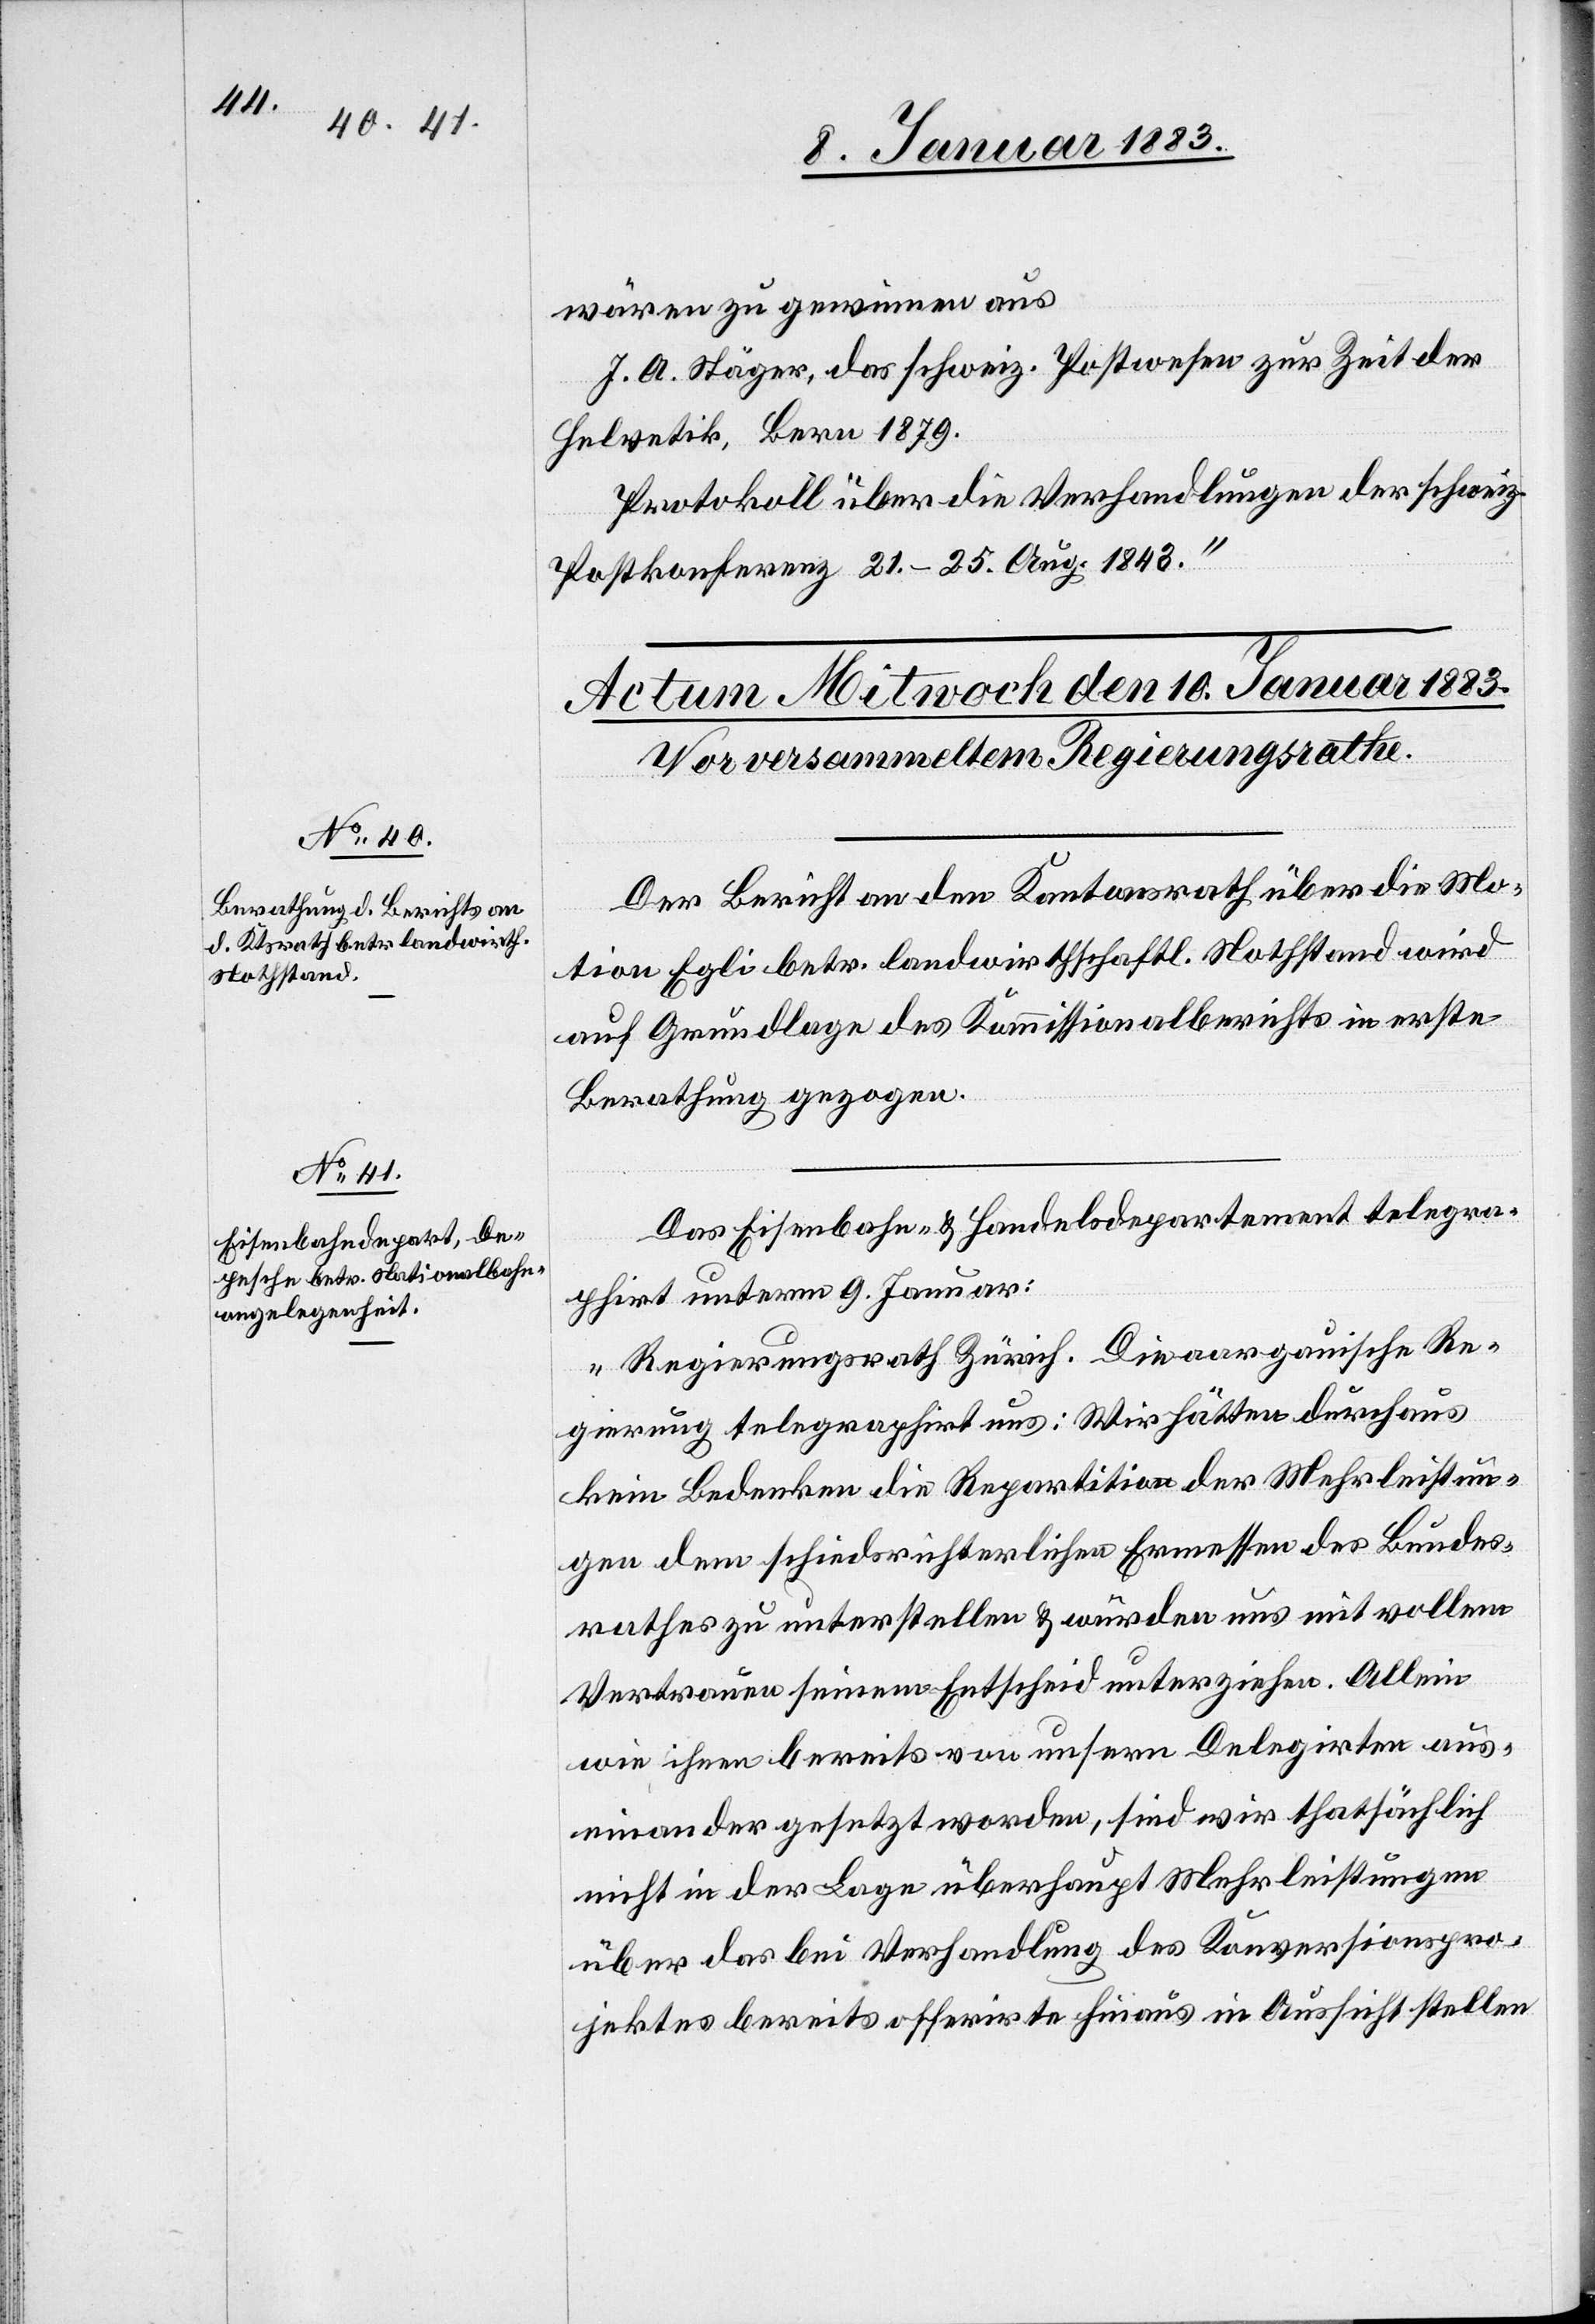
wären zu gewinnen aus
J. A. Stäger, Das schweiz. Postwesen zur Zeit der
Helvetik, Bern 1879.
Protokoll über die Verhandlungen der schweiz.
Postkonferenz 21.–25. Aug. 1843.“
Der Bericht an den Kantonsrath über die Mo¬
tion Egli betr. landwirthschaftl. Nothstand wird
auf Grundlage de Kommissionalberichts in erste
Berathung gezogen.
Das Eisenbahn- & Handelsdepartement telegra¬
phirt unterm 9. Januar:
„Regierungsrath Zürich. Die aargauische Re¬
gierung telegraphirt uns: Wir hätten durchaus
kein Bedenken die Repartition der Mehrleistun¬
gen dem schiedsrichterlichen Ermessen des Bundes¬
rathes zu unterstellen & würden uns mit vollem
Vertrauen seinem Entscheid unterziehen. Allein
wie Ihnen bereits von unsern Delegirten aus¬
einander gesetzt worden, sind wir thatsächlich
nicht in der Lage überhaupt Mehrleistungen
über das bei Verhandlung des Konversionspro¬
jektes bereits offerirte hinaus in Aussicht stellen